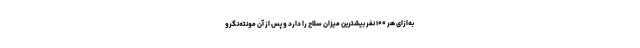
به‌ازای هر ۱۰۰ نفر بیشترین میزان سلاح را دارد و پس از آن مونته‌نگرو